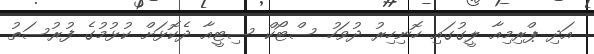
އަދި ޕްރިމިއާ ލީގުގައި ހޮނިހިރު ދުވަހު ސްޓޯކް ސިޓީއާ ދެކޮޅަށް ކުޅުމުގެ ފުރުސަތު